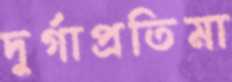
দুর্গাপ্রতিমা